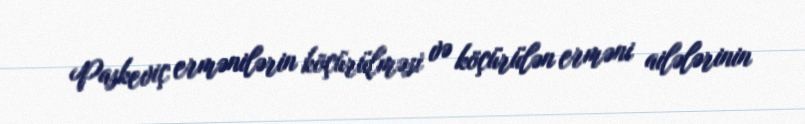
Paskeviç ermənilərin köçürülməsi və köçürülən erməni ailələrinin